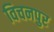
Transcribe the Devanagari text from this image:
विचनपुर